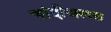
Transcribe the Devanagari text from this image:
चांदीअस्वल